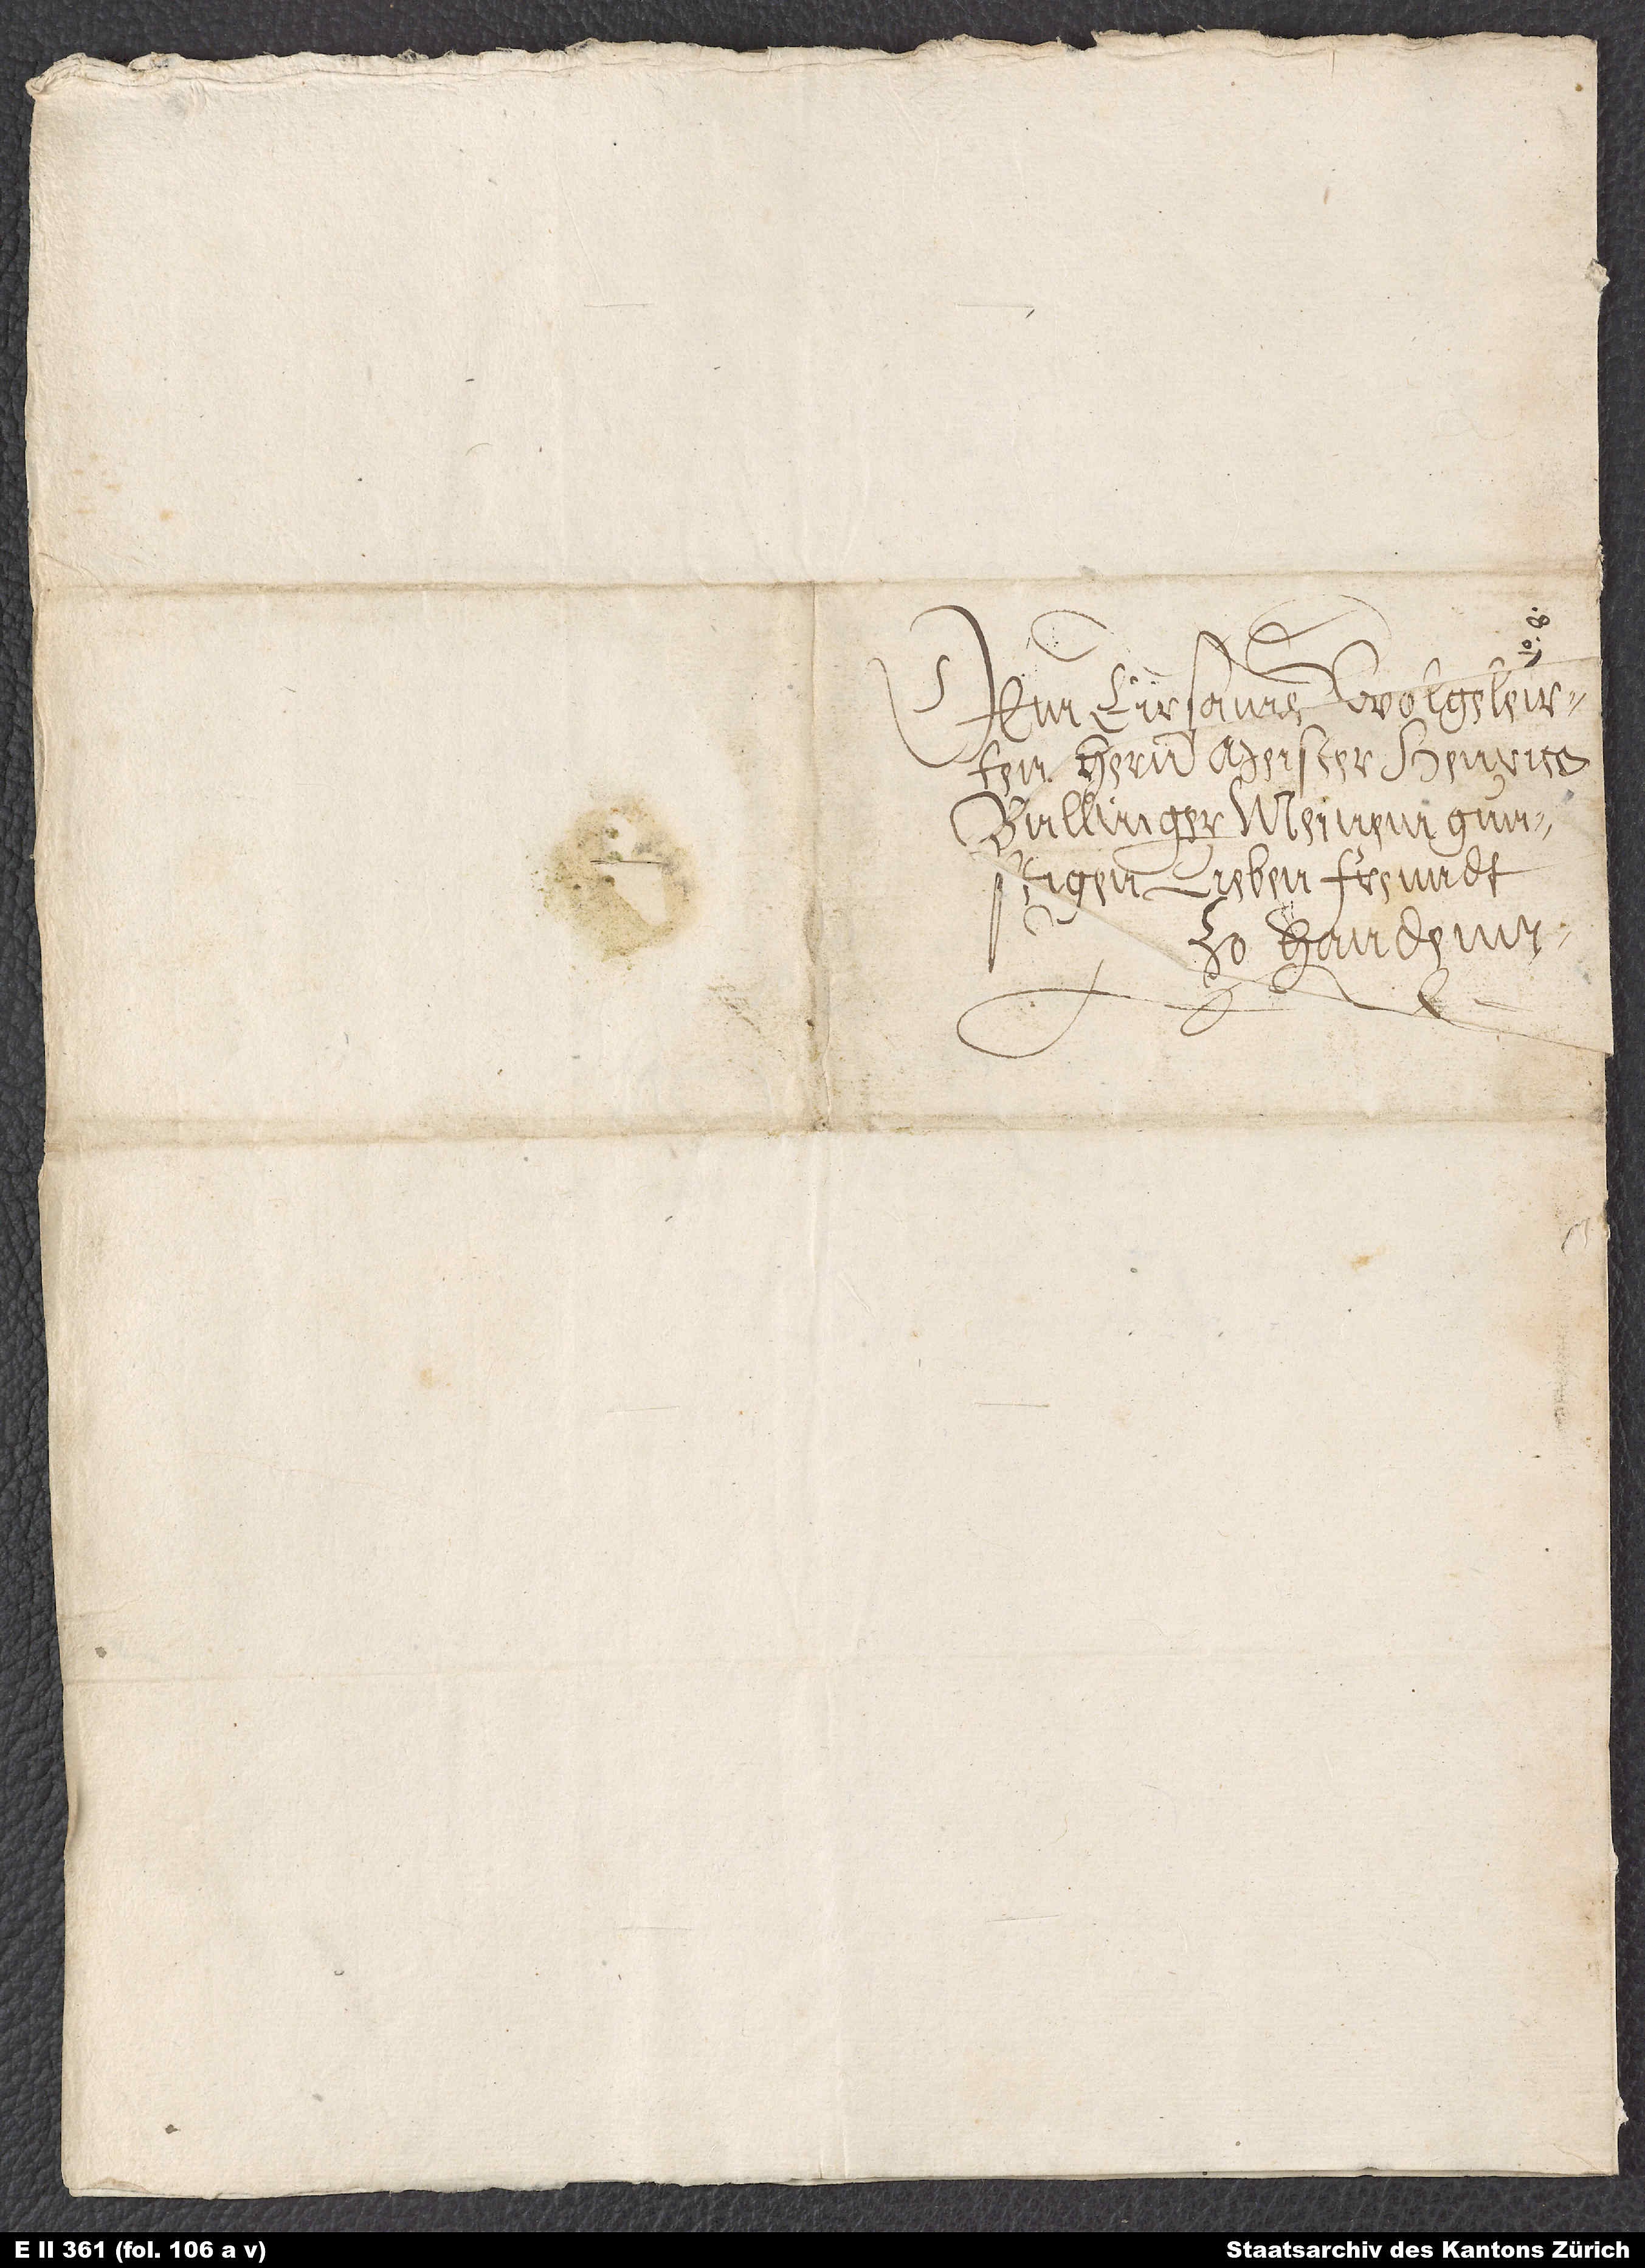
hernn Meister Henrico
Bullinger, meinem gunstigen,
lieben freundt,
zo handenn.